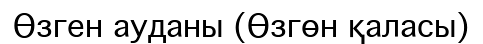
Өзген ауданы (Өзгөн қаласы)